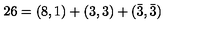
2 6 = ( 8 , 1 ) + ( 3 , 3 ) + ( \bar { 3 } , \bar { 3 } )